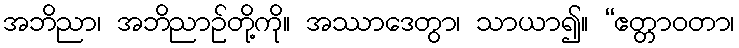
အဘိညာ၊ အဘိညာဉ်တို့ကို။ အဿာဒေတွာ၊ သာယာ၍။ “ဧတ္တာဝတာ၊